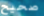
صحيح